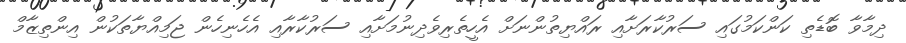
ދިމާވާ ބޮޑެތި ކަންކަމުގައި ސަރުކާރަށާއި ރައްޔިތުންނަށް އެހީތެރިވެދިނުމަށާއި ސަރުކާރާއި އެހެނިހެން ޖަމިއްޔާތަކުން އިންތިޒާމް